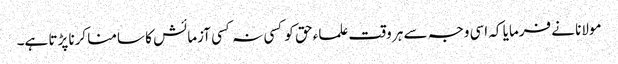
مولانا نے فرمایا کہ اسی وجہ سے ہر وقت علماء حق کو کسی نہ کسی آزمائش کا سامنا کرنا پڑتا ہے۔